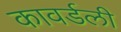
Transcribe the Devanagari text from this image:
कावर्डली